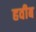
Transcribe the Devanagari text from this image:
हवीब